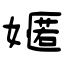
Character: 嫟